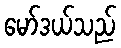
မော်ဒယ်သည်